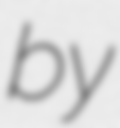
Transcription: by